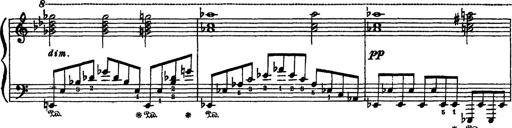
Title: Sarabande und Chaconne aus dem Singspiel
Composer: Franz Liszt